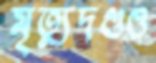
মৃত্যুদণ্ডও